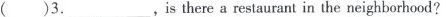
( )3.___,is there a restaurant in the neighborhood?